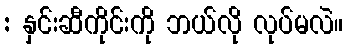
: နှင်းဆီကိုင်းကို ဘယ်လို လုပ်မလဲ။